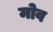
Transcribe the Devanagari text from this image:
मोव